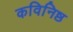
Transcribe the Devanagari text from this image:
कविनिष्ठ